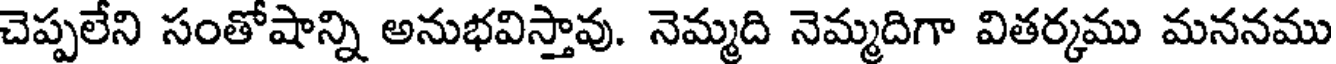
చెప్పలేని సంతోషాన్ని అనుభవిస్తావు. నెమ్మది నెమ్మదిగా వితర్కము మననము